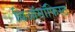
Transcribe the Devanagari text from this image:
थिऑसॉफिस्ट